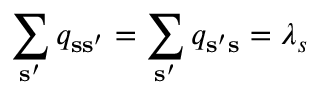
\sum _ { { \bf s } ^ { \prime } } q _ { { \bf s } { \bf s } ^ { \prime } } = \sum _ { { \bf s } ^ { \prime } } q _ { { \bf s } ^ { \prime } { \bf s } } = \lambda _ { s }